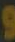
و